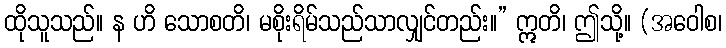
ထိုသူသည်။ န ဟိ သောစတိ၊ မစိုးရိမ်သည်သာလျှင်တည်း။” ဣတိ၊ ဤသို့။ (အဝေါစ၊